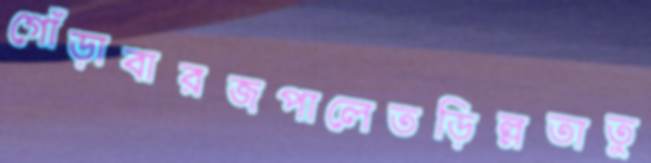
গোঁড়াবারজপালেতড়িল্লতাতু